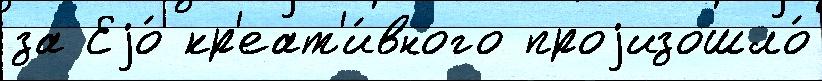
за Еjо́ кр'еат'и́вного проjизошло́